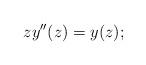
LaTeX: \begin{align*}z y''(z) = y(z);\end{align*}